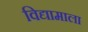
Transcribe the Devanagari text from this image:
विद्यामाला